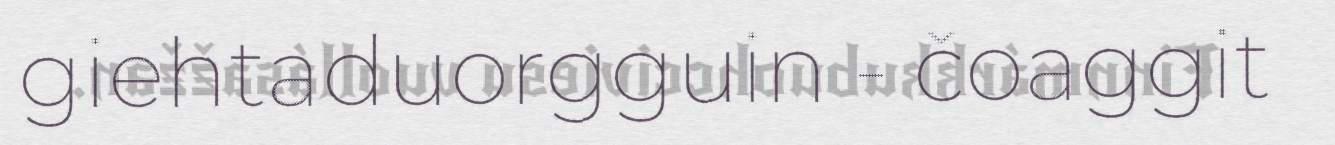
giehtaduorgguin - čoaggit